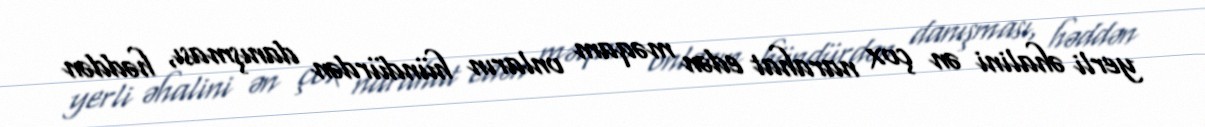
yerli əhalini ən çox narahat edən məqam onların hündürdən danışması, həddən